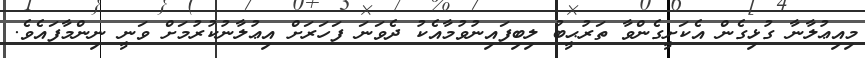
މިއިޢުލާނާ ގުޅިގެން އެކަށީގެންވާ ތަރުޙީބު ލިބިފައިނުވުމާއެކު ދެވަނަ ފަހަރަށް އިޢުލާނުކުރުމަށް ވަނީ ނިންމާފައެވެ.